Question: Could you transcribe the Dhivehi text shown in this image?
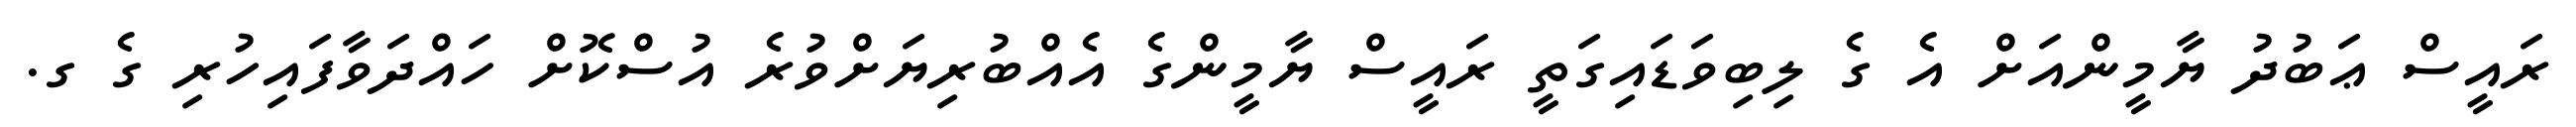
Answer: ރައީސް ޢަބުދު ޔާމީންއަށް އެ ގެ ލިބިވަޑައިގަތީ ރައީސް ޔާމީންގެ އެއްބުރިޔަށްވުރެ އުސްކޮށް ހައްދަވާފައިހުރި ގެ ގ.